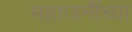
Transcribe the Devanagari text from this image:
महाजनींच्या